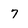
Character: 7